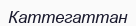
Каттегаттан